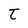
Character: t